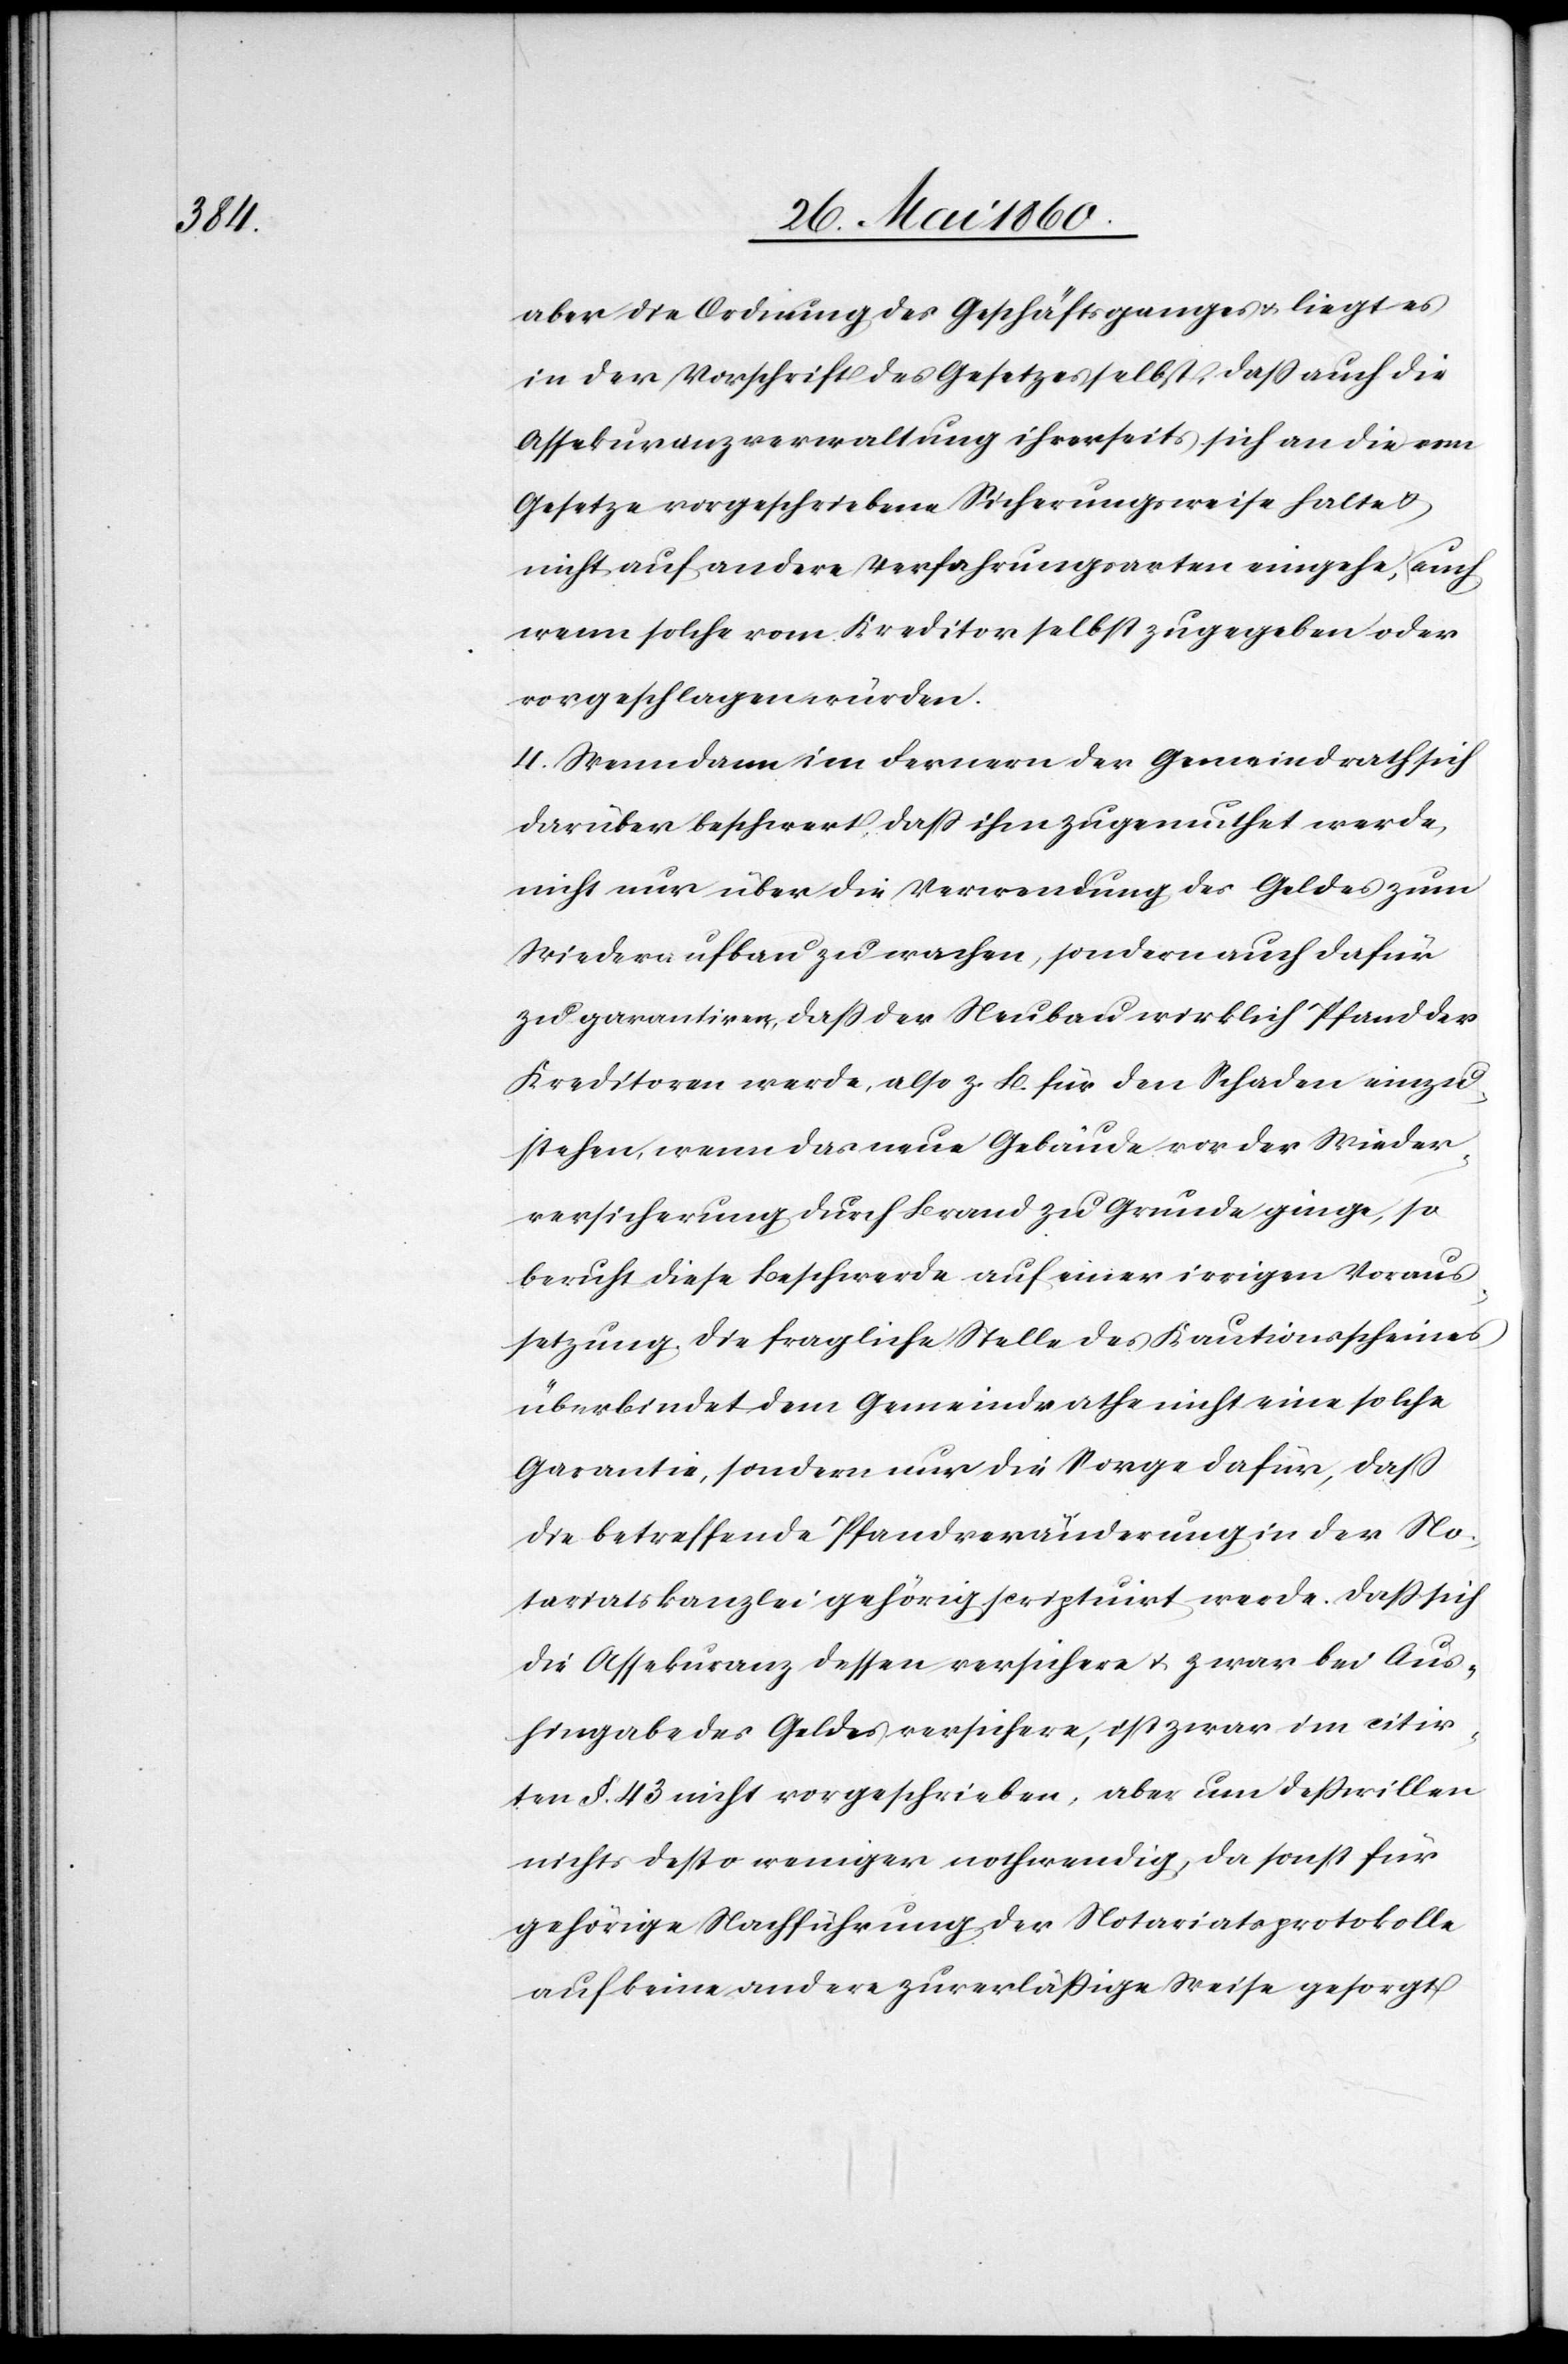
aber die Ordnung des Geschäftsganges u. liegt es
in der Vorschrift des Gesetzes selbst, dass auch die
Assekuranzverwaltung ihrerseits sich an die vom
Gesetze vorgeschriebene Sicherungsweise halte u.
nicht auf andere Verfahrungsarten eingehe, auch
wenn solche vom Kreditor selbst zugegeben oder
vorgeschlagen würden.
4. Wenn dann im Fernern der Gemeindrath sich
darüber beschwert, dass ihm zugemuthet werde,
nicht nur über die Verwendung des Geldes zum
Wiederaufbau zu wachen, sondern auch dafür
zu garantiren, dass der Neubau wirklich Pfand der
Kreditoren werde, also z. B. für den Schaden einzu¬
stehen, wenn das neue Gebäude vor der Wieder¬
versicherung durch Brand zu Grunde ginge, so
beruht diese Beschwerde auf einer irrigen Voraus¬
setzung, die fragliche Stelle des Kautionsscheines
überbindet dem Gemeindrathe nicht eine solche
Garantie, sondern nur die Sorge dafür, dass
die betreffende Pfandveränderung in der No¬
tariatskanzlei gehörig scriptuirt werde. Dass sich
die Assekuranz dessen versichere u. zwar bei Aus¬
hingabe des Geldes versichere, ist zwar im citir¬
ten §. 43. nicht vorgeschrieben, aber um desswillen
nichts desto weniger nothwendig, da sonst für
gehörige Nachführung der Notariatsprotokolle
auf keine andere zuverlässige Weise gesorgt